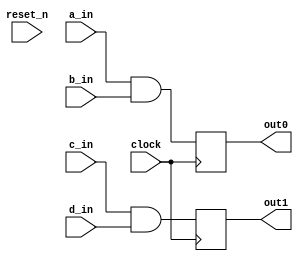
// DEFINES
`define BITS 32         // Bit width of the operands

module 	bm_mod(clock, 
		reset_n, 
		a_in, 
		b_in,
		c_in, 
		d_in, 
		out0,
		out1);

// SIGNAL DECLARATIONS
input	clock;
input 	reset_n;

input [`BITS-1:0] a_in;
input [`BITS-1:0] b_in;
input c_in;
input d_in;

output [`BITS-1:0] out0;
output  out1;

reg [`BITS-1:0]    out0;
reg     out1;

always @(posedge clock)
begin
	out0 <= a_in & b_in;
	out1 <= c_in & d_in;
end

endmodule